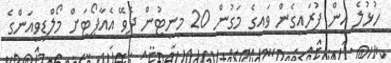
ހުޅުލެ އިން ފުރައިގެން ވައިގެ މަގުން 20 މިނިޓުން ދެވޭ އެއާޕޯޓަށް މޯލްޑިވިއަންގެ